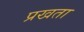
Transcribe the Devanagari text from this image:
प्रखता